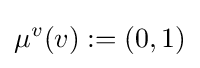
\mu ^{v}(v):=(0,1)